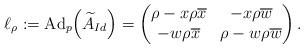
LaTeX: \begin{align*}\ell_{\rho}:=\textup{Ad}_p \Big{(} \widetilde{A}_{Id} \Big{)} =\begin{pmatrix}\rho-x \rho \overline{x} & -x \rho \overline{w} \\-w \rho \overline{x} & \rho-w\rho \overline{w}\end{pmatrix}. \end{align*}